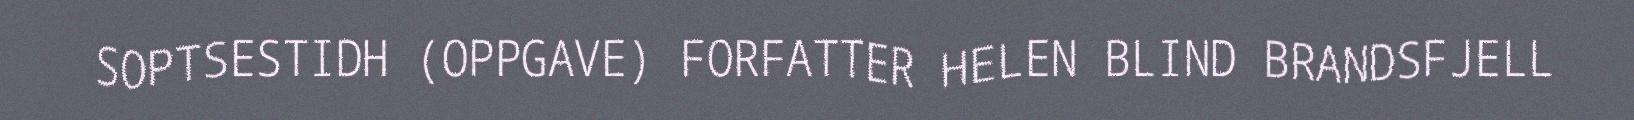
SOPTSESTIDH (OPPGAVE) FORFATTER HELEN BLIND BRANDSFJELL